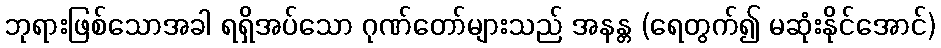
ဘုရားဖြစ်သောအခါ ရရှိအပ်သော ဂုဏ်တော်များသည် အနန္တ (ရေတွက်၍ မဆုံးနိုင်အောင်)